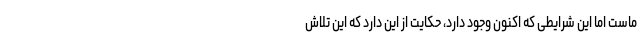
ماست اما این شرایطی که اکنون وجود دارد، حکایت از این دارد که این تلاش